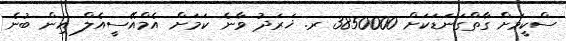
ސްކީމަށް ގާތްގަނަޑަކަށް 3850000 ރ. ޚަރަދު ވާނެ ކަމަށް އެމްއޭސީއެލް އިން ބުނެ